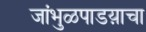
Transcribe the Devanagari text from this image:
जांभुळपाडय़ाचा